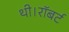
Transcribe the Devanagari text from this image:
थी।रॉबर्ट